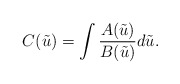
\begin{align*} C(\tilde{u}) = \int\frac{A(\tilde{u})}{B(\tilde{u})}d\tilde{u}. \end{align*}